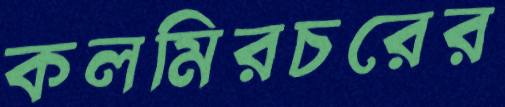
কলমিরচরের